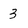
Character: 3